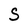
Character: S